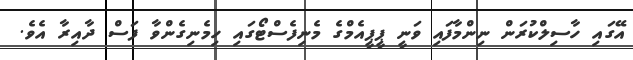
އޭގައި ހާސިލްކުރަން ނިންމާފައި ވަނީ ޕީޕީއެމްގެ މެނިފެސްޓޯގައި ހިމެނިގެންވާ ފަސް ދާއިރާ އެވެ.